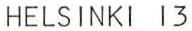
HELSINKI 13